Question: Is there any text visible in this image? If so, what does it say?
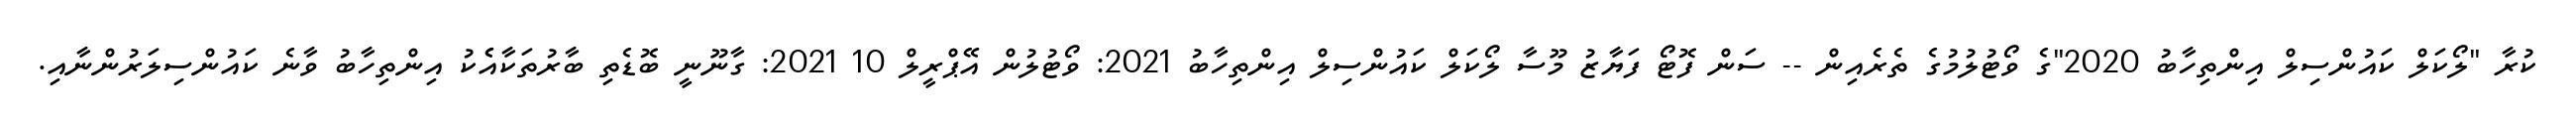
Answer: ކުރާ "ލޯކަލް ކައުންސިލް އިންތިހާބު 2020"ގެ ވޯޓުލުމުގެ ތެރެއިން -- ސަން ފޮޓޯ ފަޔާޒު މޫސާ ލޯކަލް ކައުންސިލް އިންތިހާބު 2021: ވޯޓުލުން އޭޕްރީލް 10 2021: ގާނޫނީ ބޮޑެތި ބާރުތަކާއެެކު އިންތިހާބު ވާނެ ކައުންސިލަރުންނާއި.